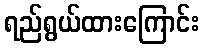
ရည်ရွယ်ထားကြောင်း